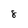
Character: 8